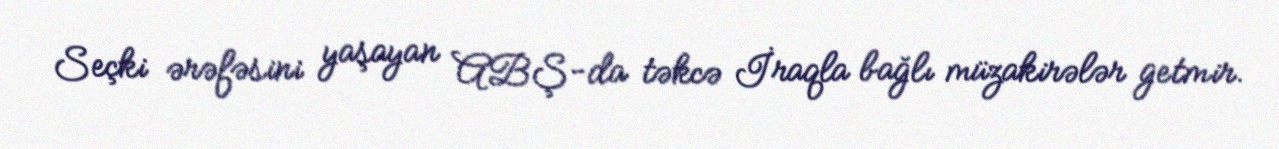
Seçki ərəfəsini yaşayan ABŞ-da təkcə İraqla bağlı müzakirələr getmir.